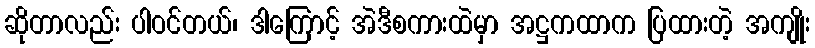
ဆိုတာလည်း ပါဝင်တယ်၊ ဒါကြောင့် အဲဒီစကားထဲမှာ အဋ္ဌကထာက ပြထားတဲ့ အကျိုး